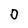
Character: O